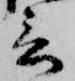
言